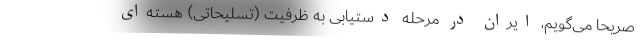
صریحا می‌گویم، ایران در مرحله دستیابی به ظرفیت (تسلیحاتی) هسته‌ای